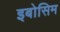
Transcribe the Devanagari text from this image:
इबोसिम